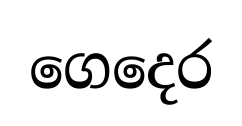
ගෙදෙර